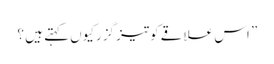
” اس علاقے کوتیز گزرکیوں کہتے ہیں ؟